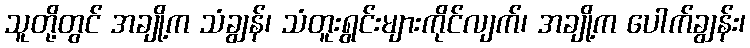
သူတို့တွင် အချို့က သံချွန်၊ သံတူးရွင်းများကိုင်လျက်၊ အချို့က ပေါက်ချွန်း၊